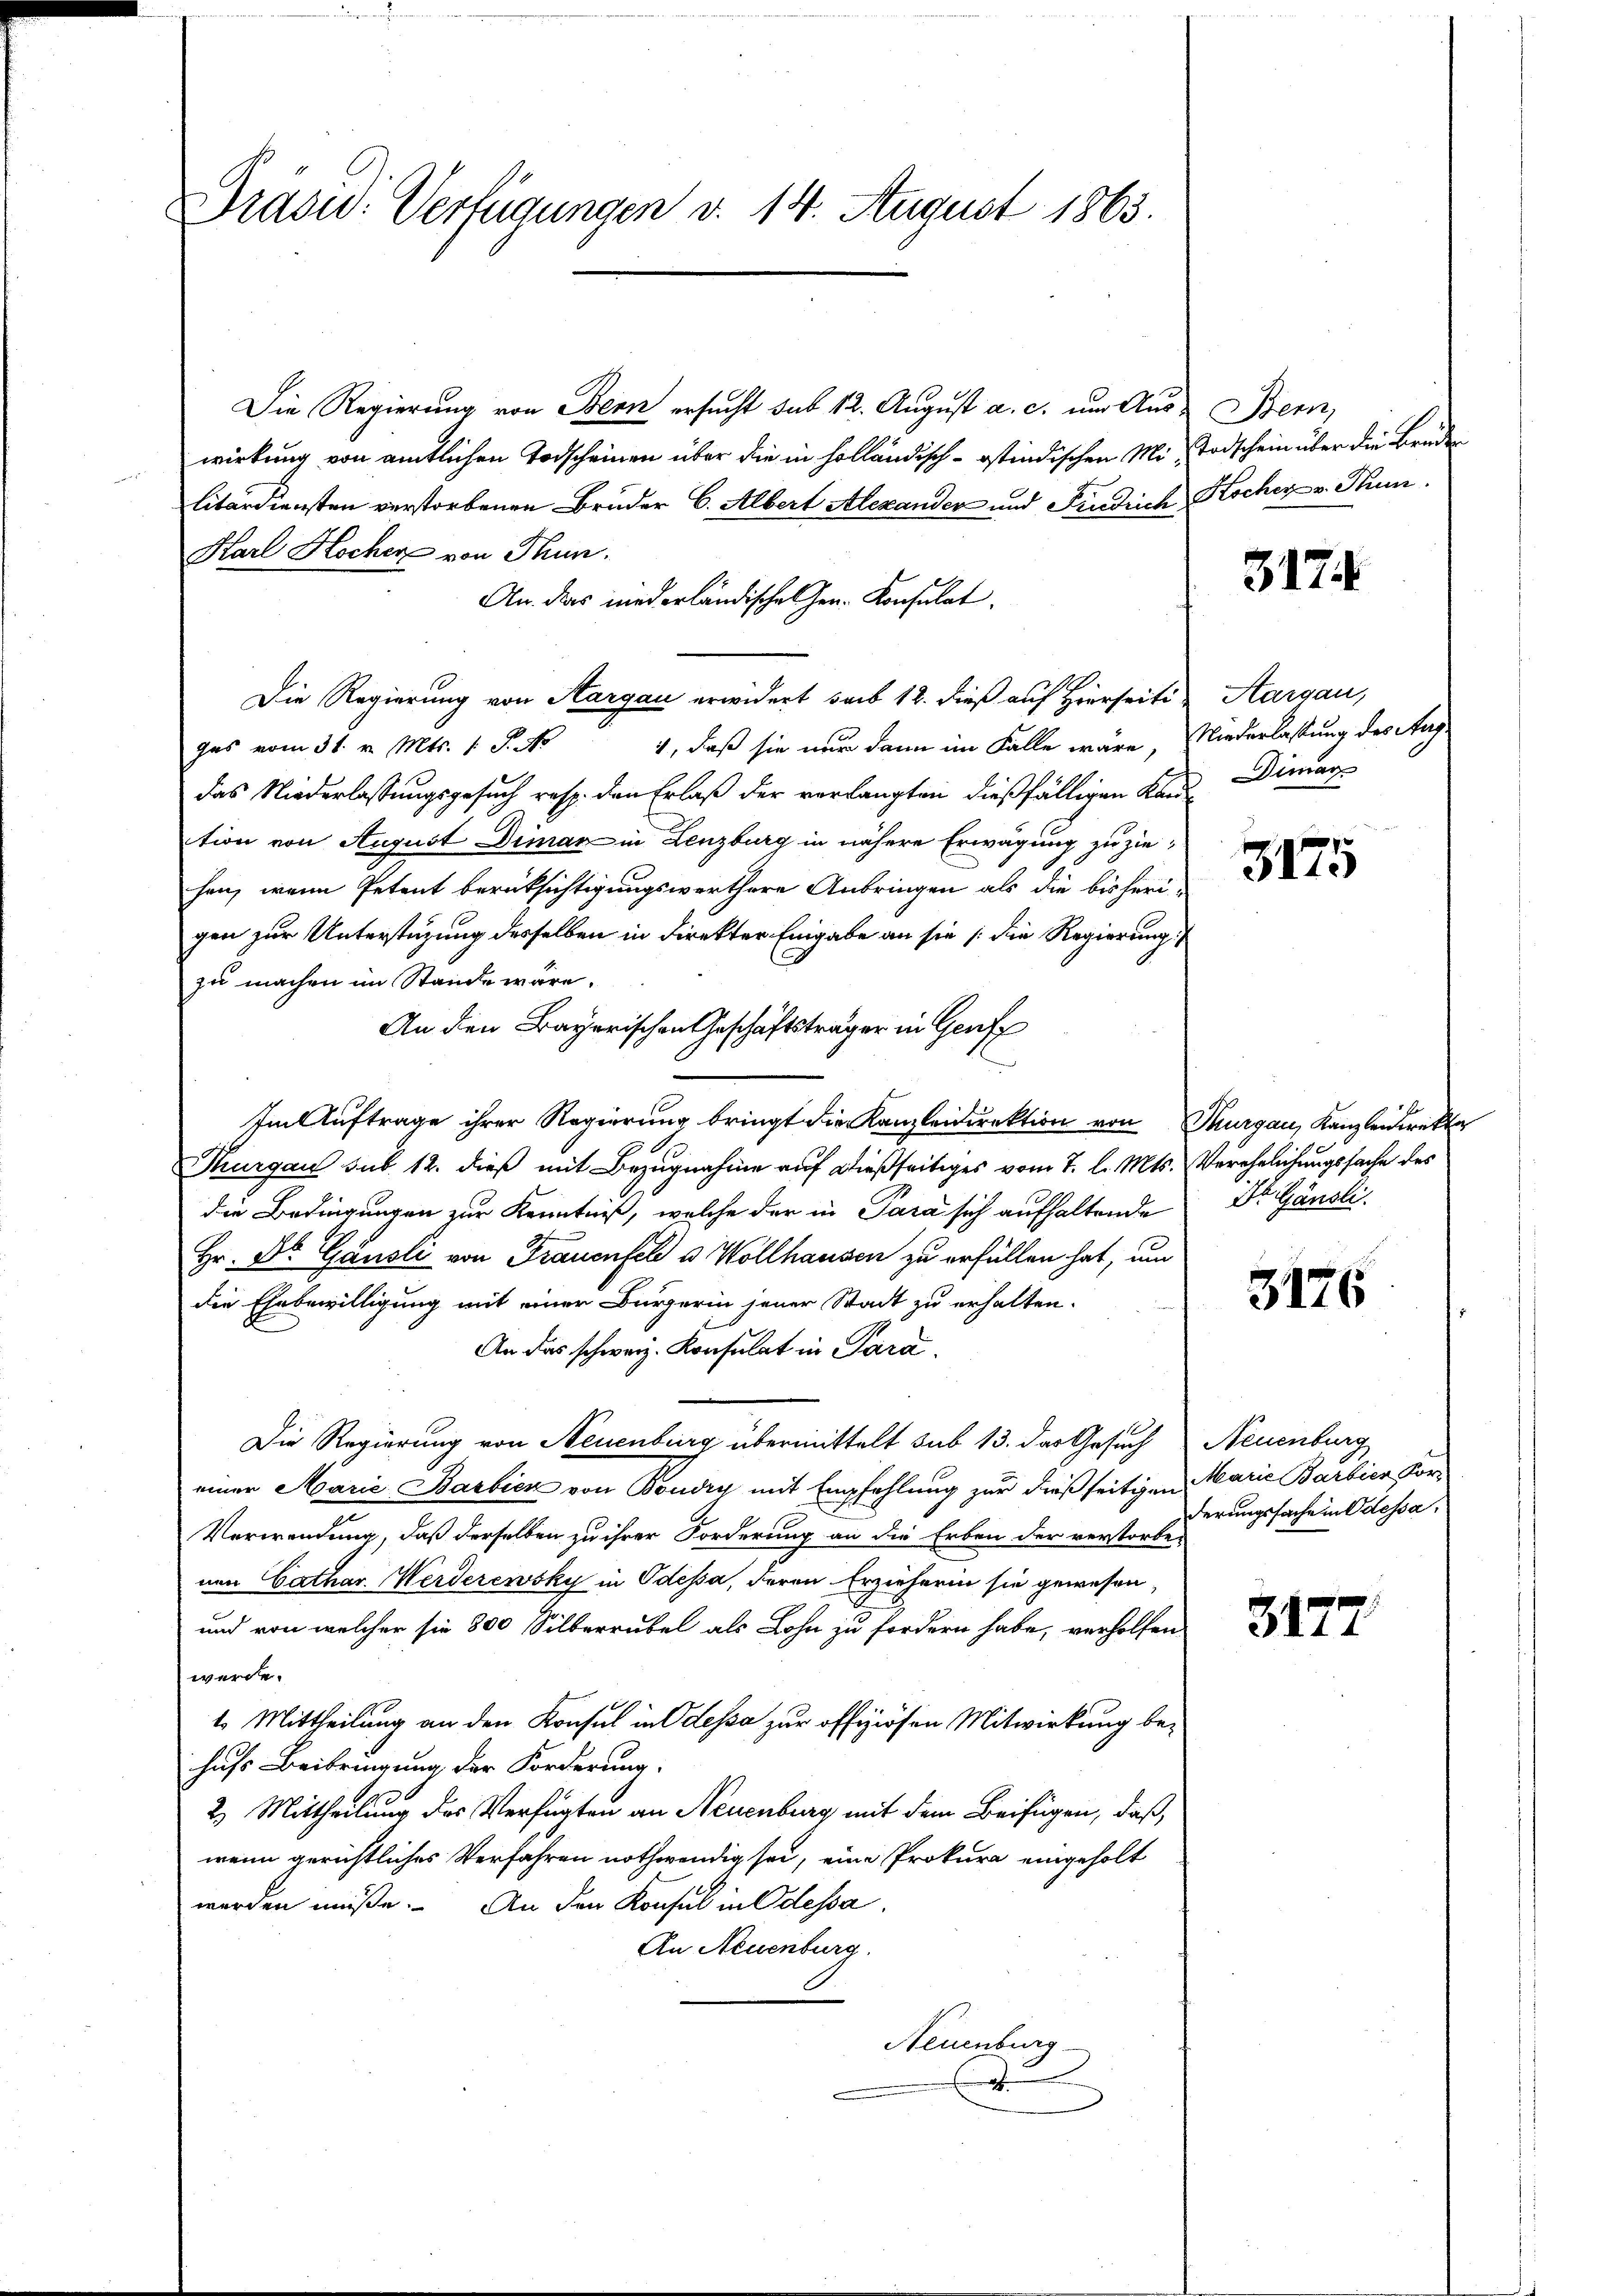
Präsid. Verfügungen v. 14. August 1863.

Die Regierung von Bern ersucht sub 12. August a. c. um Auswirkung von amtlichen Todscheinen über die in holländisch-ostindischen Mi- Todschein über die Brunlitärdiensten verstorbenen Bruder C. Albert Alexander und Fridrich Kocher v. Stum
An das niederländische Ger. Konsulat
Die Regierung von Aargau erwidert saib 12. dieß auf Hierseiti
1, daß sie nur dann im Falle wäre, Niederlassung des Aug
ges vom 31. v. Mts. 1 S.
das Niederlassungsgesuch resp. den Erlaß der verlangten dießfälligen KandDimar
tion von August Diman in Lenzburg in nähere Erwägung zu ziehen, wenn Petent berüksichtigungswerthere Anbringen als die bisheri-
gen zur Unterstüzung desselben in direkter Eingabe an sie /: die Regierung
zu machen im Stande wäre.
An den Bayerischen Geschäftsträger in Genf
Im Auftrage ihrer Regierung bringt die Kanzleidirektion von Thurgau, Kanzleidirekte
.
Thurgau sub. 12. dieß mit Bezugnahme auf dießseitiges vom 7. l. Mts. Verehelichungssache des
die Bedingungen zur Kenntniß, welche der in Para sich aufhaltende
Hr. Dr. Gänsli von Frauenfel u Wollhausen zu erfüllen hat, um
die Ehebewilligung mit einer Bürgerin jener Stadt zu erhalten.
An das schweiz. Konsulat in Para.
Die Regierung von Neuenburg übermittelt sub 13. das Gesuch
einer Marie Barbien von Boudry mit Empfehlung zur dießseitigen Marie Barbier vor-
Verwendung, daß derselben zu ihrer Forderung an die Erben der verstorbe-
nen Cathar. Werderewsky in Odessa, deren Erzieherin sie gewesen,
und von welcher sie 300 Silberrubel als Lohn zu fordern habe, verholfen
werde.
1. Mittheilung an den Konsul in Odessa zur offiziösen Mitwirkung behufs Beibringung der Forderung.
2.) Mittheilung des Verfügten an Neuenburg mit dem Beifügen, daß
wenn gerichtliches Verfahren nothwendig sei, eine Prokura eingeholt
werden müße. An den Konsul in Odessa
An Neuenburg.
Neuenburg
a

Karl Hocher von Thun.

Benn

3174

Hargau,

3175

Dr Gänsli

3176

Neuenburg
derungssache in Odessa,

3177